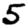
Digit: 5